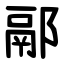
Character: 䣓